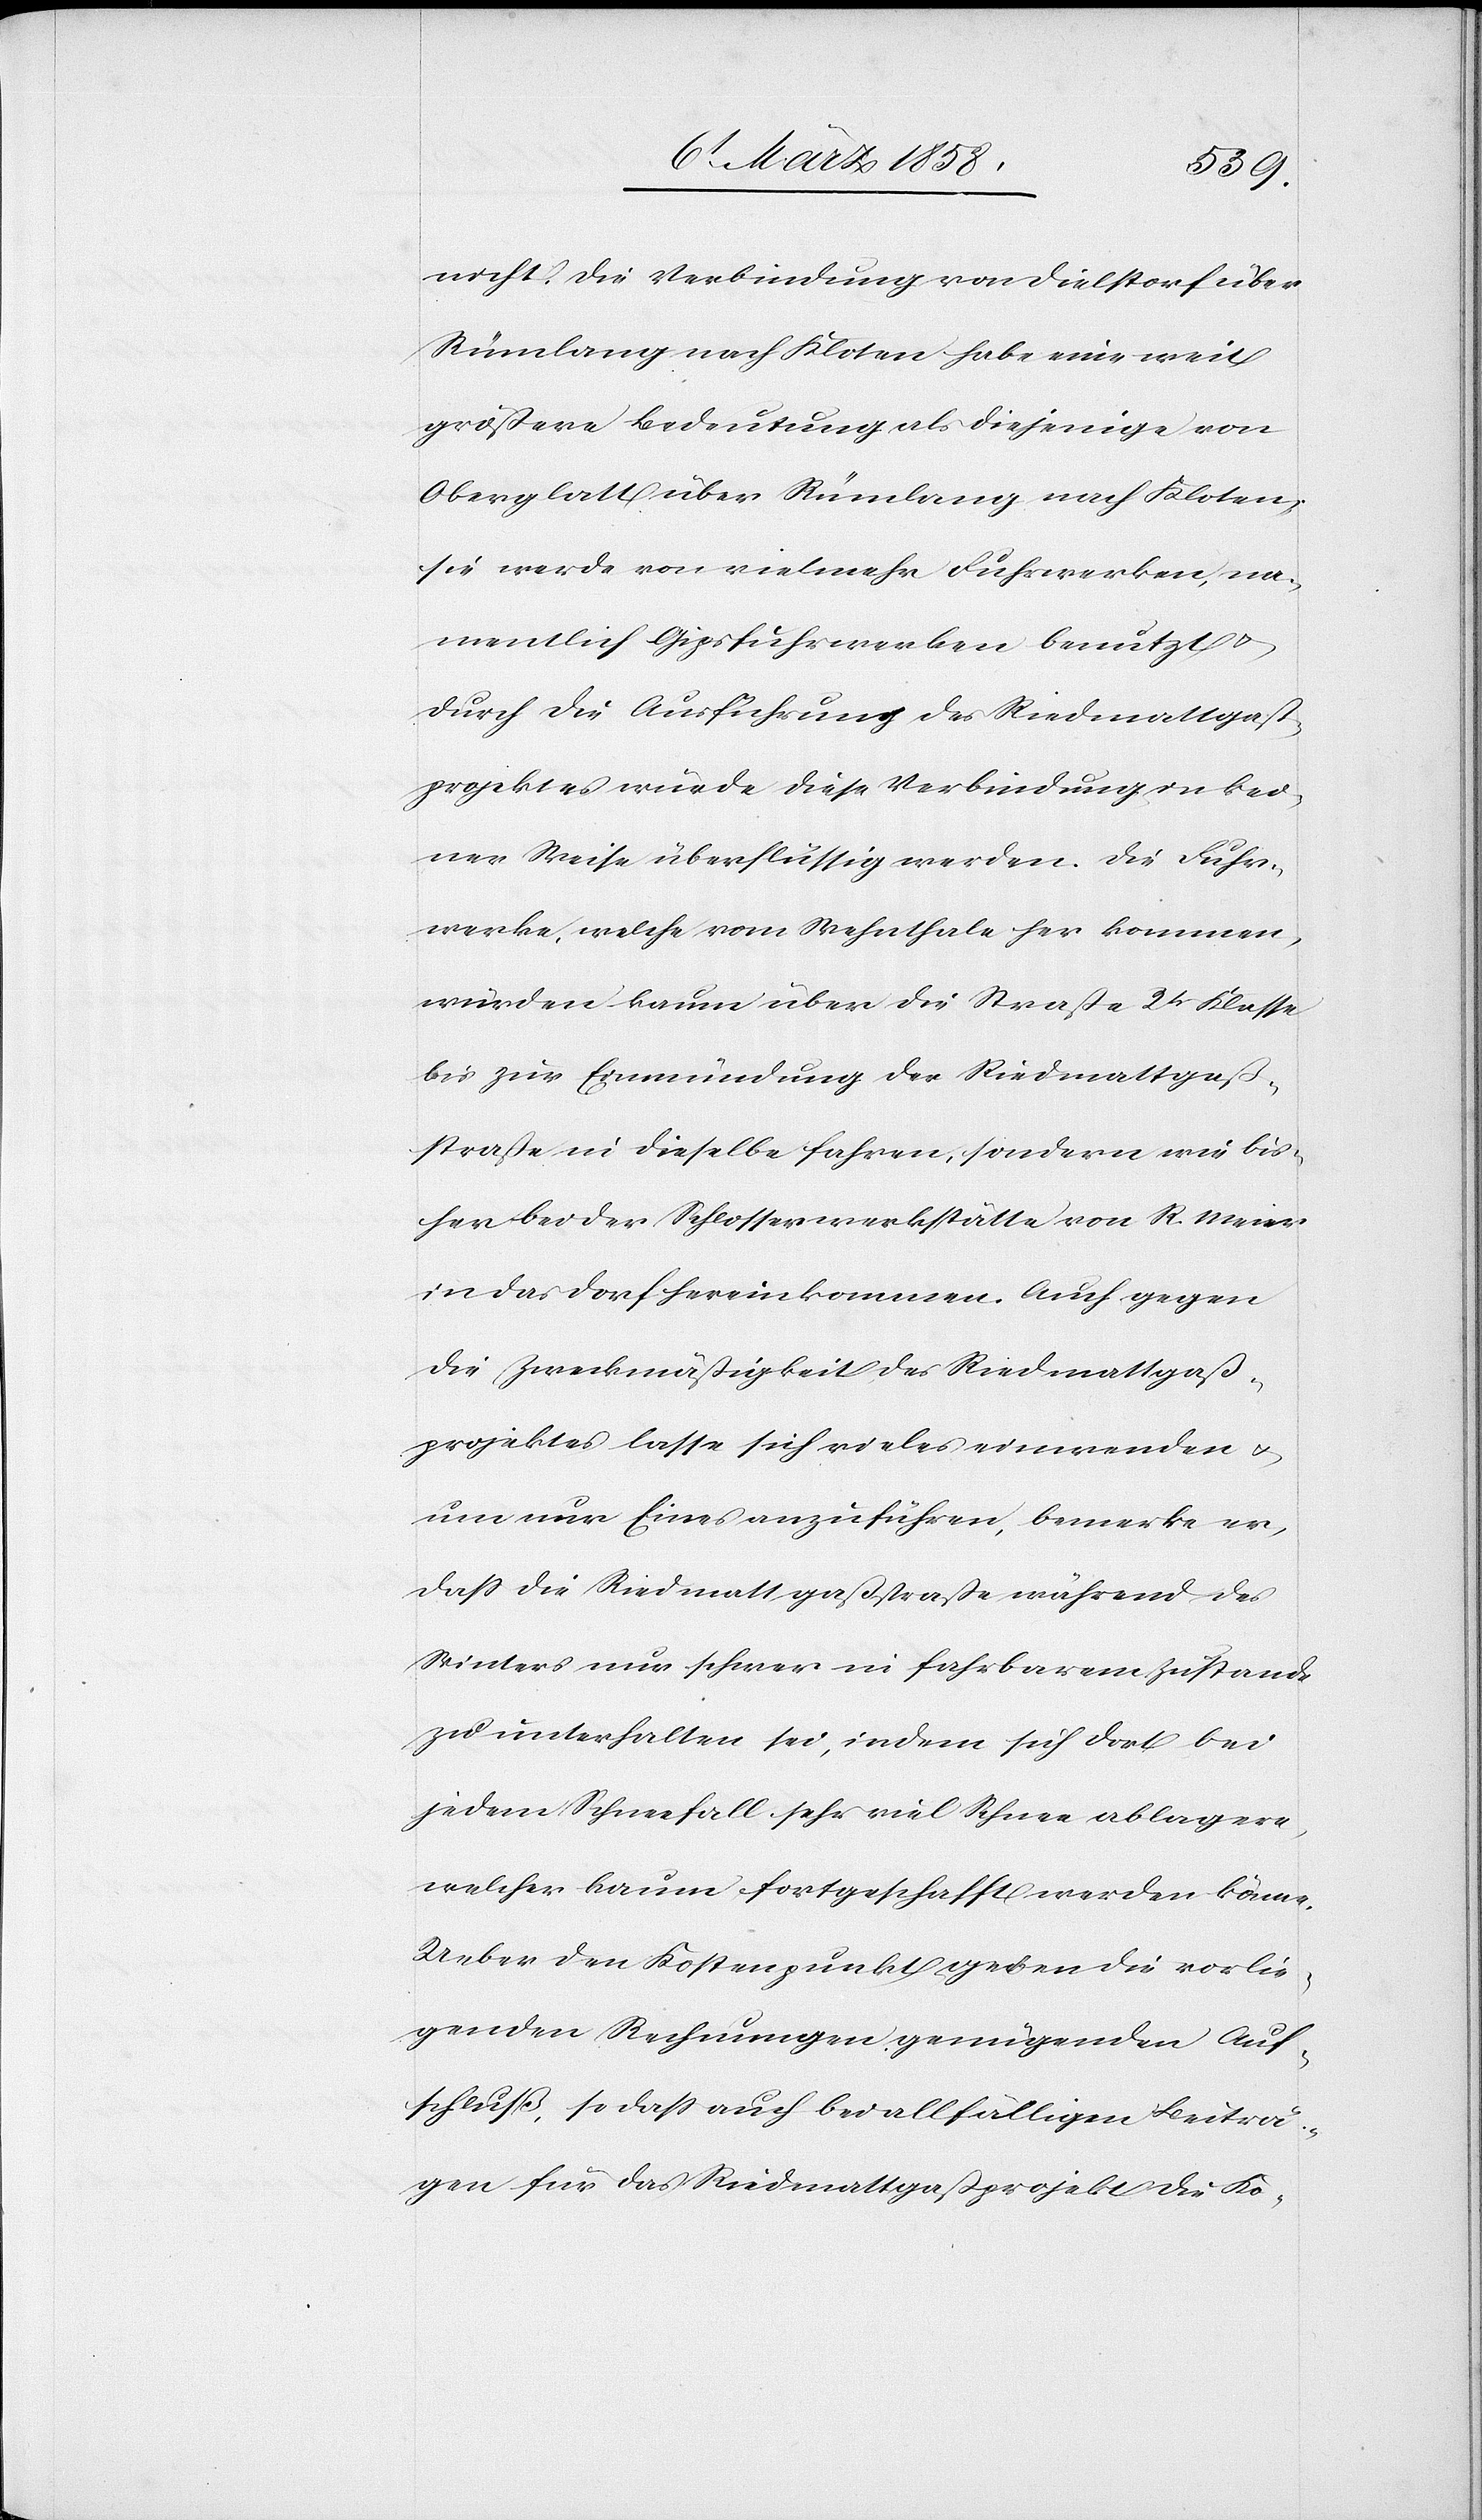
nicht. Die Verbindung von Dielstorf über
Rümlang nach Kloten habe eine weit
größere Bedeutung als diejenige von
Oberglatt über Rümlang nach Kloten,
sie werde von vielmehr Fuhrwerken, na¬
mentlich Gipsfuhrwerken benutzt u.
durch die Ausführung des Riedmattgaß¬
projektes würde diese Verbindung in kei¬
ner Weise überflüssig werden. Die Fuhr¬
werke, welche vom Wehnthale her kommen,
würden kaum über die Straße 2tr Klasse
bis zur Einmündung der Riedmattgaß¬
straße in dieselbe fahren, sondern wie bis¬
her bei der Schlosserwerkstätte von R. Meier
in das Dorf hereinkommen. Auch gegen
die Zweckmäßigkeit des Riedmattgaß¬
projektes lasse sich vieles einwenden u.
um nur Eines anzuführen, bemerke er,
daß die Riedmattgaßstraße während des
Winters nur schwer in fahrbarem Zustande
zu unterhalten sei, indem sich dort bei
jedem Schneefall sehr viel Schnee ablagere,
welcher kaum fortgeschafft werden könne.
Ueber den Kostenpunkt geben die vorlie¬
genden Rechnungen genügenden Auf¬
schluß, so daß auch bei allfälligen Beiträ¬
gen für das Riedmattgaßprojekt die Ko-